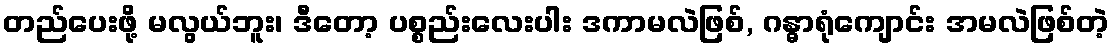
တည်ပေးဖို့ မလွယ်ဘူး၊ ဒီတော့ ပစ္စည်းလေးပါး ဒကာမလဲဖြစ်, ဂန္ဓာရုံကျောင်း အမလဲဖြစ်တဲ့